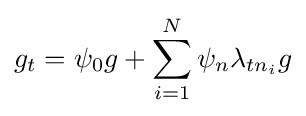
g_{t}=\psi _{0}g+\sum _{i=1}^{N}\psi _{n}\lambda _{tn_{i}}g